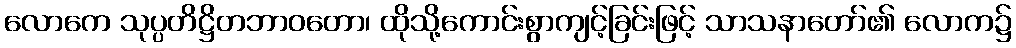
လောကေ သုပ္ပတိဋ္ဌိတဘာဝတော၊ ထိုသို့ကောင်းစွာကျင့်ခြင်းဖြင့် သာသနာတော်၏ လောက၌